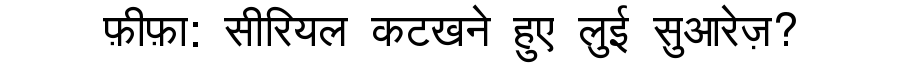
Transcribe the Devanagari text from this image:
फ़ीफ़ा: सीरियल कटखने हुए लुई सुआरेज़?